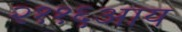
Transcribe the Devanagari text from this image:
२११६आय